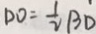
D O = \frac { 1 } { 2 } B D